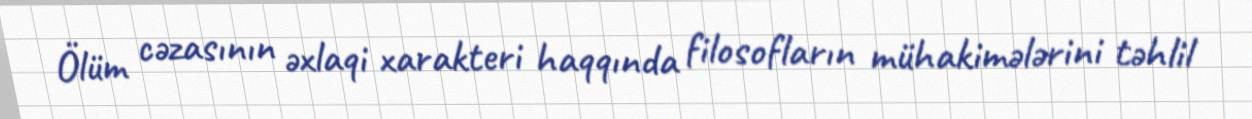
Ölüm cəzasının əxlaqi xarakteri haqqında filosofların mühakimələrini təhlil